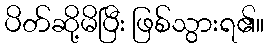
ပိတ်ဆို့မိပြီး ဖြစ်သွားရ၏။